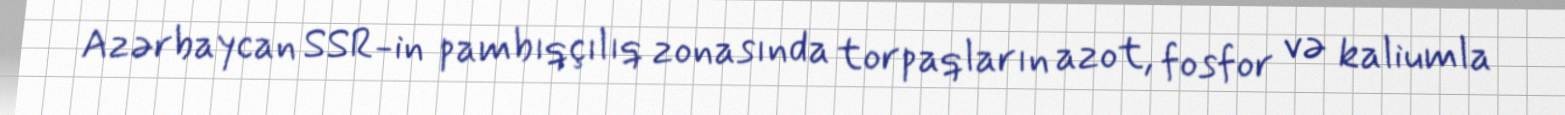
Azərbaycan SSR-in pambıqçılıq zonasında torpaqların azot, fosfor və kaliumla